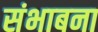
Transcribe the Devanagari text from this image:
संभाबना